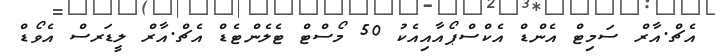
އެޗް.އާރް ސަމިޓް އެންޑް އެކްސްޕޯއާއިއެކު 50 މޯސްޓް ޓެލެންޓެޑް އެޗް.އާރް ލީޑަރސް އެވޯޑް